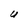
Character: U